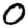
Digit: 0